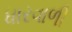
ધારવાળી